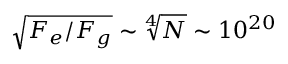
\sqrt { F _ { e } / F _ { g } } \sim \sqrt [ 4 ] { N } \sim 1 0 ^ { 2 0 }